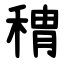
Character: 䅢